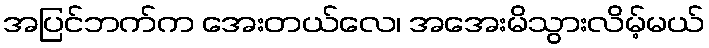
အပြင်ဘက်က အေးတယ်လေ၊ အအေးမိသွားလိမ့်မယ်